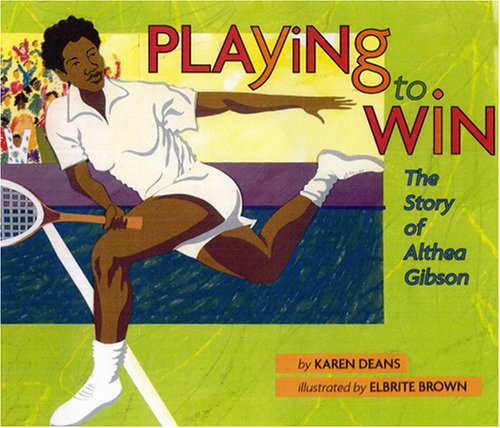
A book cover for Playing to Win: The Story of Althea Gibson; Karen Deans; Children's Books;